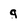
Character: g